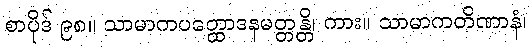
စာပိုဒ် ၉၈။ သာမာကပတ္ထောဒနမတ္တန္တိ၊ ကား။ သာမာကတိဏာနံ၊